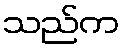
သည်က